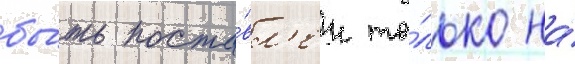
бы́ть поста́вл'ен то́лько на́